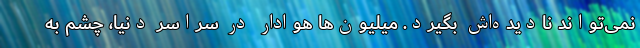
نمی‌تواند نادیده‌اش بگیرد. میلیون‌ها هوادار در سراسر دنیا، چشم به